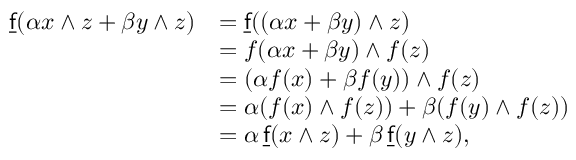
{ \begin{array} { r l } { { \underline { { \mathsf { f } } } } ( \alpha x \wedge z + \beta y \wedge z ) } & { = { \underline { { \mathsf { f } } } } ( ( \alpha x + \beta y ) \wedge z ) } \\ & { = f ( \alpha x + \beta y ) \wedge f ( z ) } \\ & { = ( \alpha f ( x ) + \beta f ( y ) ) \wedge f ( z ) } \\ & { = \alpha ( f ( x ) \wedge f ( z ) ) + \beta ( f ( y ) \wedge f ( z ) ) } \\ & { = \alpha \, { \underline { { \mathsf { f } } } } ( x \wedge z ) + \beta \, { \underline { { \mathsf { f } } } } ( y \wedge z ) , } \end{array} }